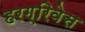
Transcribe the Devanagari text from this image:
हरग्रिवेस